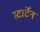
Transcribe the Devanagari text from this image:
स्टार्टेन